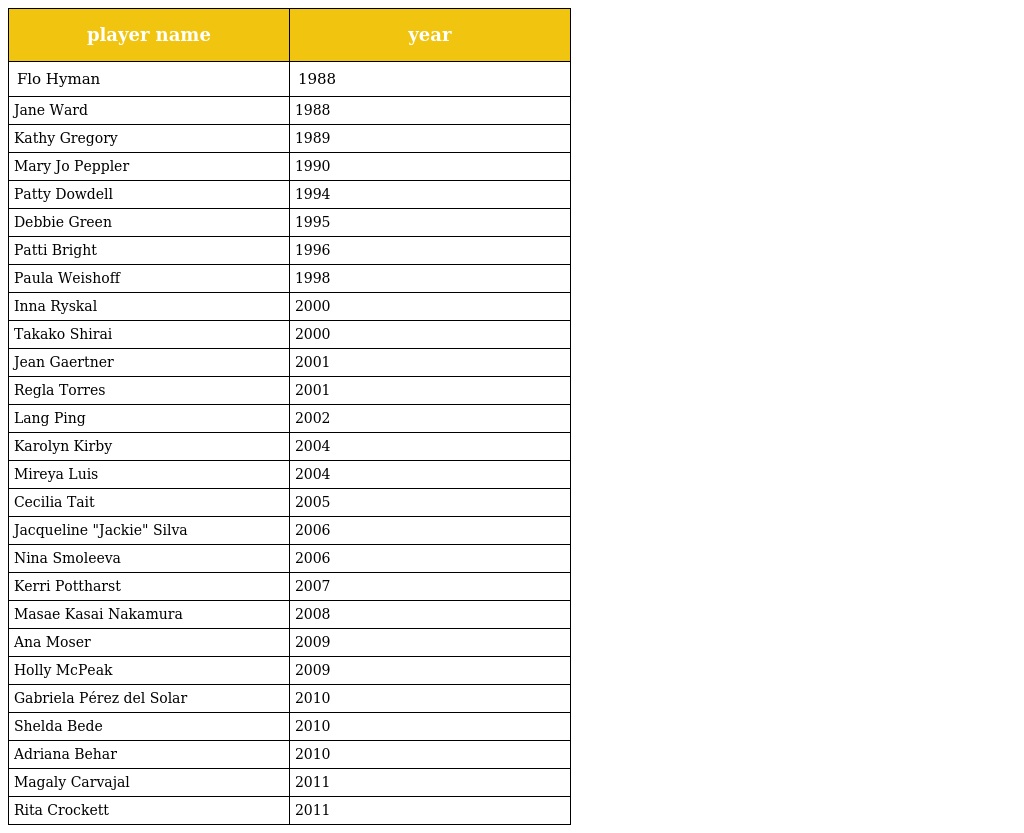
| player name | year |
 | --- | --- |
 | Flo Hyman | 1988 |
 | Jane Ward | 1988 |
 | Kathy Gregory | 1989 |
 | Mary Jo Peppler | 1990 |
 | Patty Dowdell | 1994 |
 | Debbie Green | 1995 |
 | Patti Bright | 1996 |
 | Paula Weishoff | 1998 |
 | Inna Ryskal | 2000 |
 | Takako Shirai | 2000 |
 | Jean Gaertner | 2001 |
 | Regla Torres | 2001 |
 | Lang Ping | 2002 |
 | Karolyn Kirby | 2004 |
 | Mireya Luis | 2004 |
 | Cecilia Tait | 2005 |
 | Jacqueline "Jackie" Silva | 2006 |
 | Nina Smoleeva | 2006 |
 | Kerri Pottharst | 2007 |
 | Masae Kasai Nakamura | 2008 |
 | Ana Moser | 2009 |
 | Holly McPeak | 2009 |
 | Gabriela Pérez del Solar | 2010 |
 | Shelda Bede | 2010 |
 | Adriana Behar | 2010 |
 | Magaly Carvajal | 2011 |
 | Rita Crockett | 2011 |